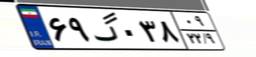
۶۹گ۰۳۸۰۹